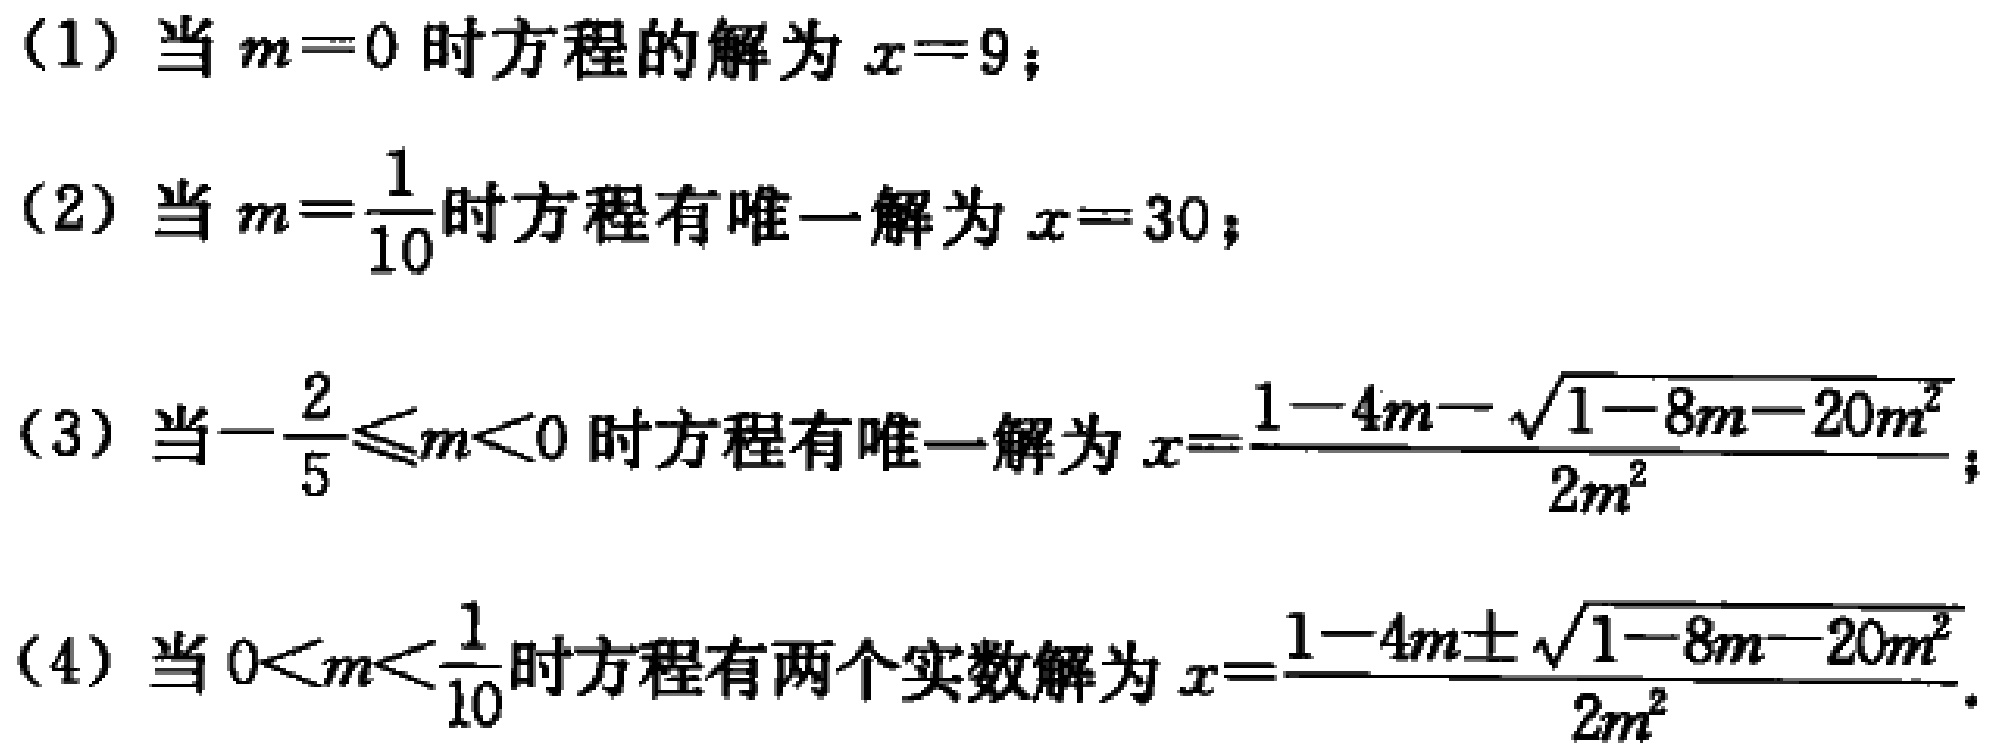
(1) 当 \(m = 0\) 时方程的解为 \(x = 9\)；
(2) 当 \(m=\frac{1}{10}\) 时方程有唯一解为 \(x = 30\)；
(3) 当 \(-\frac{2}{5}\leqslant m<0\) 时方程有唯一解为 \(x=\frac{1 - 4m-\sqrt{1 - 8m - 20m^{2}}}{2m^{2}}\)；
(4) 当 \(0<m<\frac{1}{10}\) 时方程有两个实数解为 \(x=\frac{1 - 4m\pm\sqrt{1 - 8m - 20m^{2}}}{2m^{2}}\)。